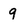
Character: 9